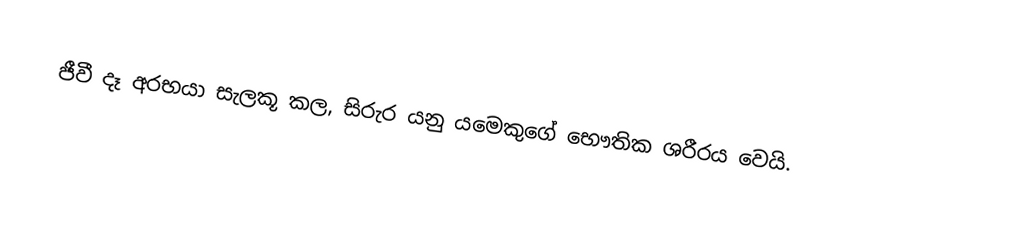
ජීවී දෑ අරභයා සැලකූ කල, සිරුර යනු යමෙකුගේ භෞතික ශරීරය වෙයි.